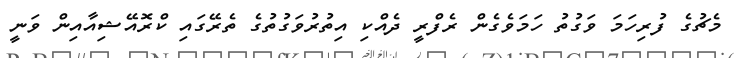
މެޗުގެ ފުރިހަމަ ވަގުތު ހަމަވެގެން ރެފްރީ ދެއްކި އިތުރުވަގުތުގެ ތެރޭގައި ކްރޮއޭޝިއާއިން ވަނީ